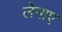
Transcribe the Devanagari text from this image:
लेनाए